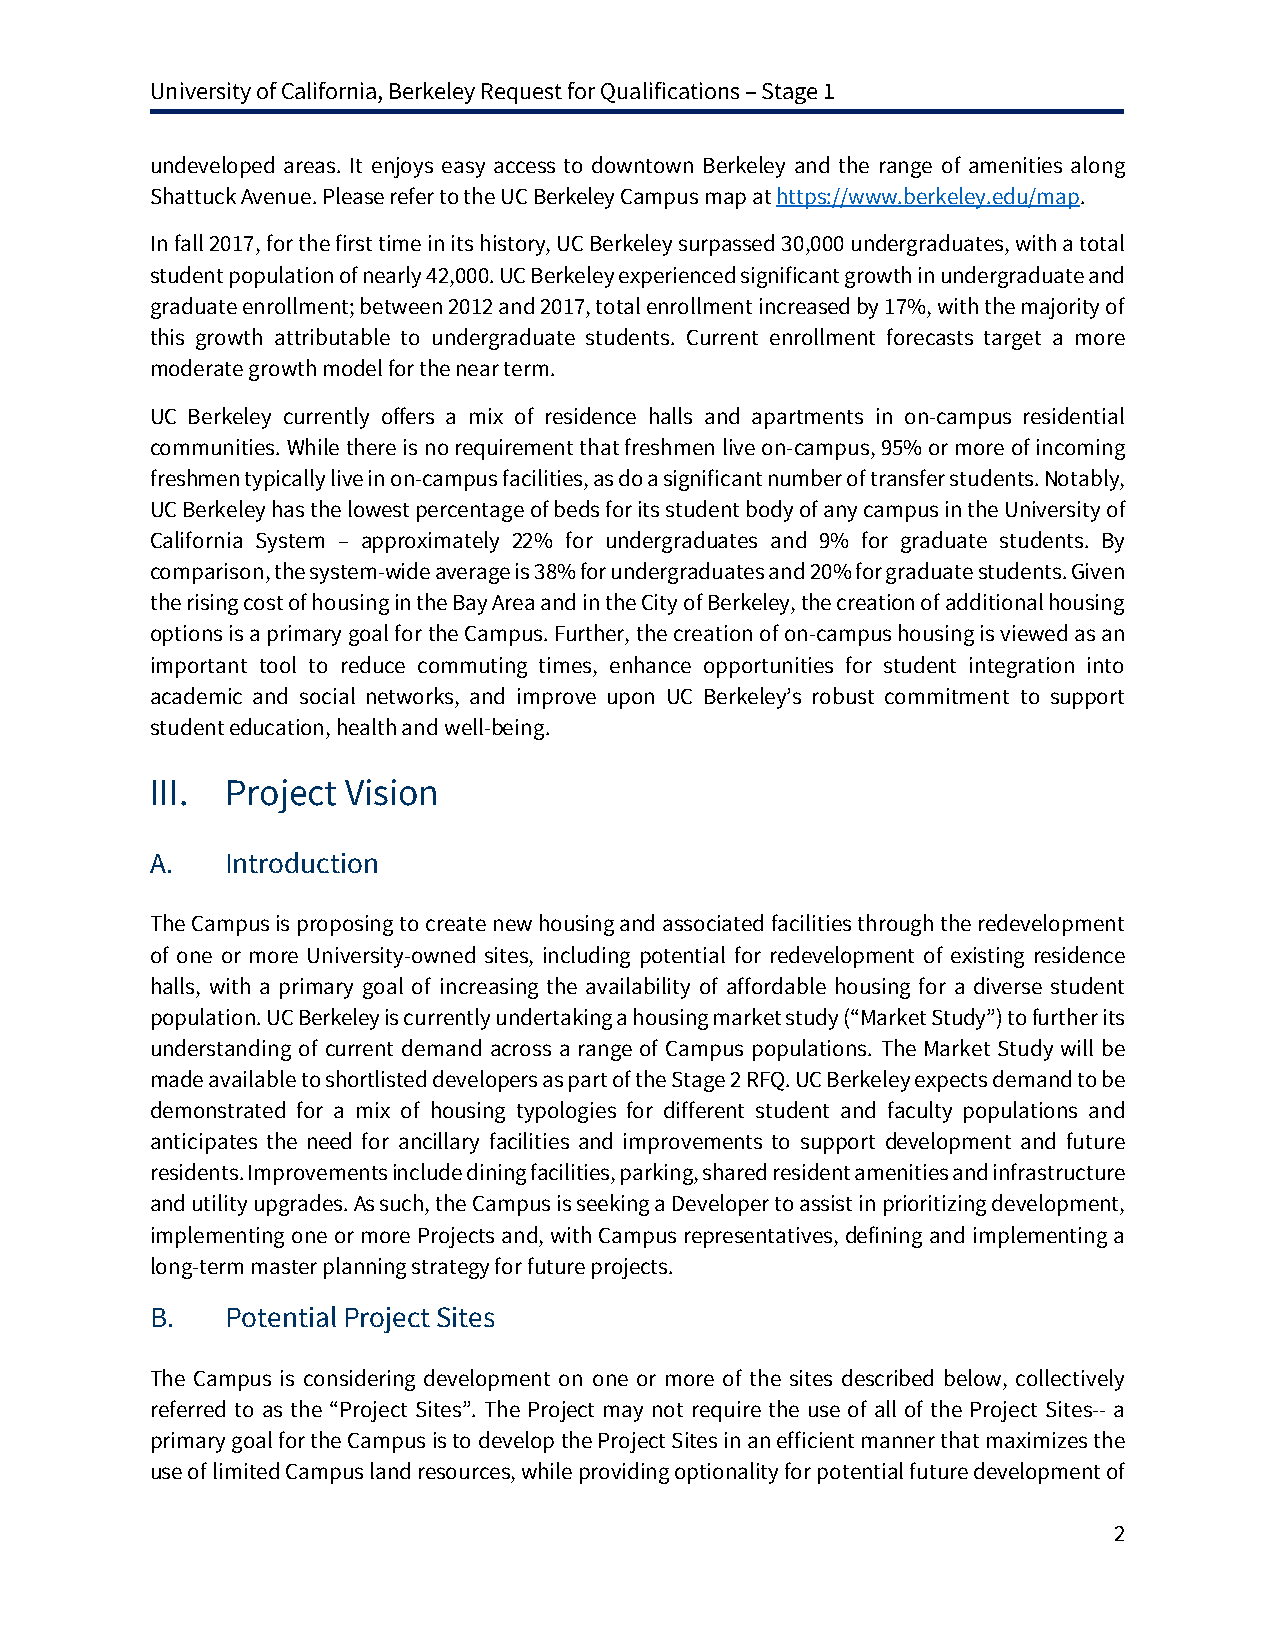
University of California, Berkeley Request for Qualifications – Stage 1
 undeveloped areas. It enjoys easy access to downtown Berkeley and the range of amenities along
 Shattuck Avenue. Please refer to the UC Berkeley Campus map at https://www.berkeley.edu/map.
 In fall 2017, for the first time in its history, UC Berkeley surpassed 30,000 undergraduates, with a total
 student population of nearly 42,000. UC Berkeley experienced significant growth in undergraduate and
 graduate enrollment; between 2012 and 2017, total enrollment increased by 17%, with the majority of
 this growth attributable to undergraduate students. Current enrollment forecasts target a more
 moderate growth model for the near term.
 UC Berkeley currently offers a mix of residence halls and apartments in on-campus residential
 communities. While there is no requirement that freshmen live on-campus, 95% or more of incoming
 freshmen typically live in on-campus facilities, as do a significant number of transfer students. Notably,
 UC Berkeley has the lowest percentage of beds for its student body of any campus in the University of
 California System – approximately 22% for undergraduates and 9% for graduate students. By
 comparison, the system-wide average is 38% for undergraduates and 20% for graduate students. Given
 the rising cost of housing in the Bay Area and in the City of Berkeley, the creation of additional housing
 options is a primary goal for the Campus. Further, the creation of on-campus housing is viewed as an
 important tool to reduce commuting times, enhance opportunities for student integration into
 academic and social networks, and improve upon UC Berkeley’s robust commitment to support
 student education, health and well-being.
 III. Project Vision
 A.   Introduction
 The Campus is proposing to create new housing and associated facilities through the redevelopment
 of one or more University-owned sites, including potential for redevelopment of existing residence
 halls, with a primary goal of increasing the availability of affordable housing for a diverse student
 population. UC Berkeley is currently undertaking a housing market study (“Market Study”) to further its
 understanding of current demand across a range of Campus populations. The Market Study will be
 made available to shortlisted developers as part of the Stage 2 RFQ. UC Berkeley expects demand to be
 demonstrated for a mix of housing typologies for different student and faculty populations and
 anticipates the need for ancillary facilities and improvements to support development and future
 residents. Improvements include dining facilities, parking, shared resident amenities and infrastructure
 and utility upgrades. As such, the Campus is seeking a Developer to assist in prioritizing development,
 implementing one or more Projects and, with Campus representatives, defining and implementing a
 long-term master planning strategy for future projects.
 B.   Potential Project Sites
 The Campus is considering development on one or more of the sites described below, collectively
 referred to as the “Project Sites”. The Project may not require the use of all of the Project Sites-- a
 primary goal for the Campus is to develop the Project Sites in an efficient manner that maximizes the
 use of limited Campus land resources, while providing optionality for potential future development of
 2